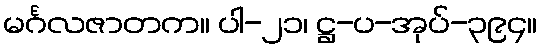
မင်္ဂလဇာတက။ ပါ-၂၁၊ ဋ္ဌ-ပ-အုပ်-၃၉၄။